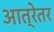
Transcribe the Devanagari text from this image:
आत्रेतर